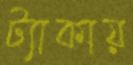
ট্যাকায়